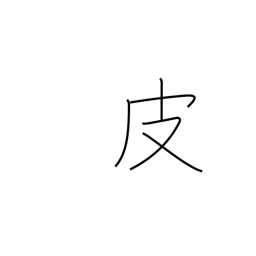
Meaning: leather